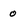
Character: 0